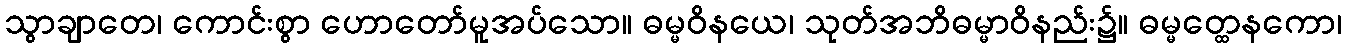
သွာချာတေ၊ ကောင်းစွာ ဟောတော်မူအပ်သော။ ဓမ္မဝိနယေ၊ သုတ်အဘိဓမ္မာဝိနည်း၌။ ဓမ္မတ္ထေနကော၊